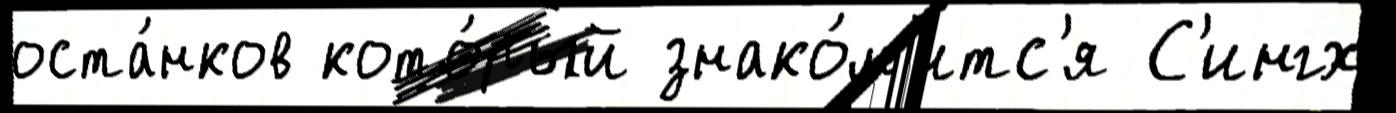
оста́нков кото́рый знако́м'итс'я С'ингх